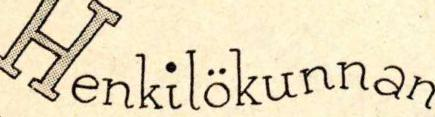
Henkilökunnan